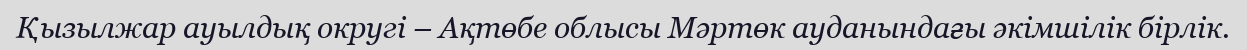
Қызылжар ауылдық округі – Ақтөбе облысы Мәртөк ауданындағы әкімшілік бірлік.